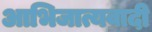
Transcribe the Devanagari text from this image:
आभिजात्यवादी